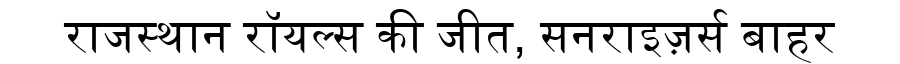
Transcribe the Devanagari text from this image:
राजस्थान रॉयल्स की जीत, सनराइज़र्स बाहर